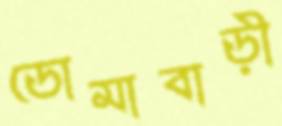
ডোমাবাড়ী